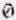
0